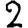
Digit: 2